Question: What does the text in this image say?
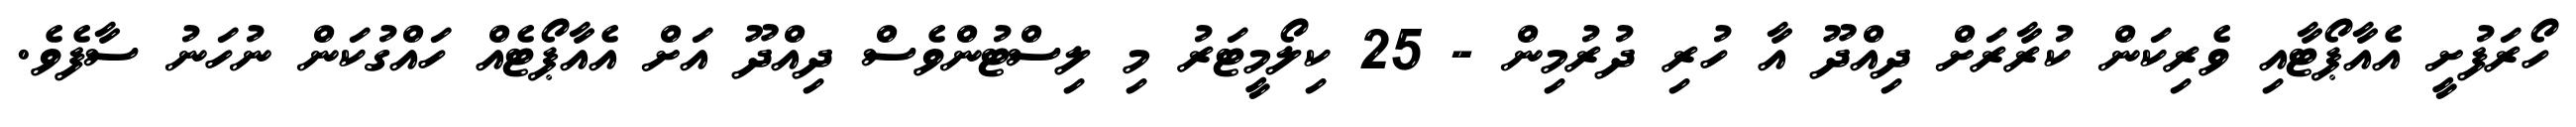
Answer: ހޯރަފުށީ އެއާޕޯޓާއި ވެރިކަން ކުރާރަށް ދިއްދޫ އާ ހުރި ދުރުމިން - 25 ކިލޯމީޓަރު މި ލިސްޓުންވެސް ދިއްދޫ އަށް އެއާޕޯޓެއް ހައްގުކަން ނުހަނު ސާފެވެ.